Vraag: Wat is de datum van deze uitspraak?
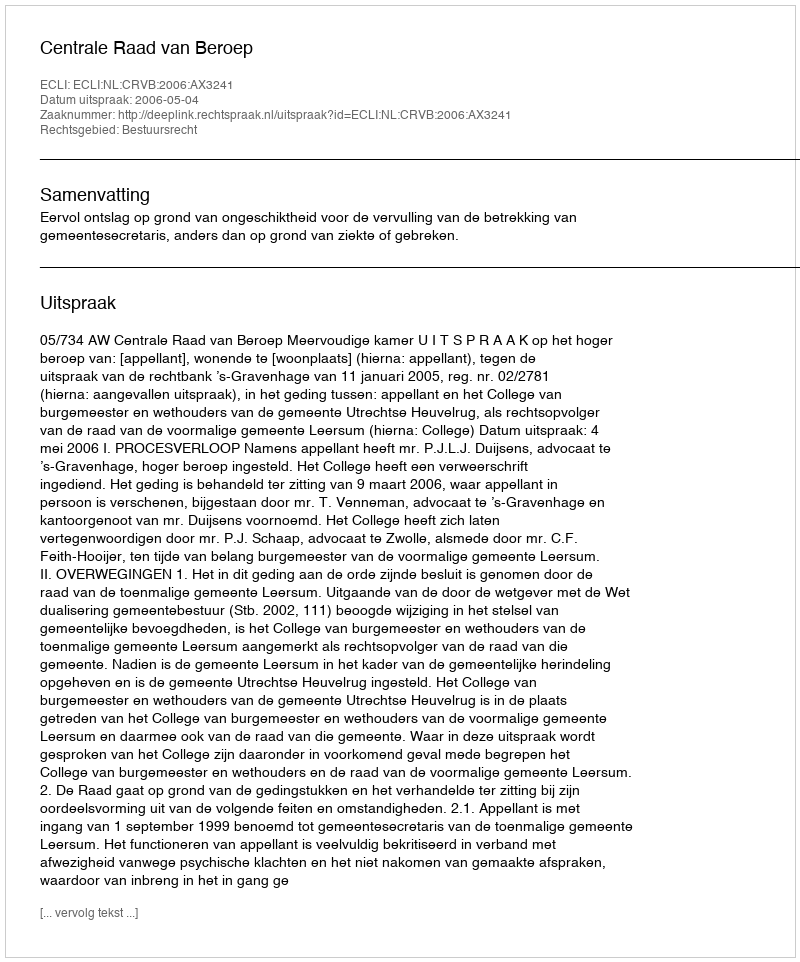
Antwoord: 2006-05-04